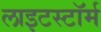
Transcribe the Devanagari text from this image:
लाइटस्टॉर्म